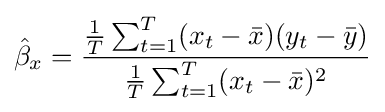
{\hat {\beta }}_{x}={\frac {{\tfrac {1}{T}}\sum _{t=1}^{T}(x_{t}-{\bar {x}})(y_{t}-{\bar {y}})}{{\tfrac {1}{T}}\sum _{t=1}^{T}(x_{t}-{\bar {x}})^{2}}}